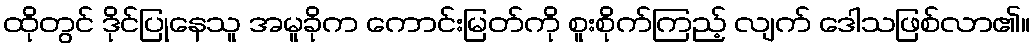
ထိုတွင် ဒိုင်ပြုနေသူ အမူခိုက ကောင်းမြတ်ကို စူးစိုက်ကြည့် လျက် ဒေါသဖြစ်လာ၏။